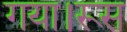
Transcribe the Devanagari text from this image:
गया।रूस